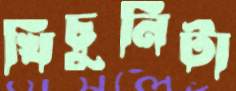
খিঁচুনিটা